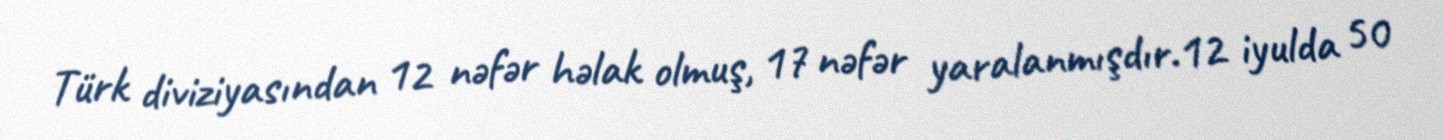
Türk diviziyasından 12 nəfər həlak olmuş, 17 nəfər yaralanmışdır.12 iyulda 50